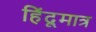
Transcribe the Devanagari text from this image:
हिंदूमात्र